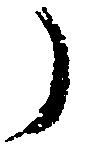
ノ